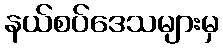
နယ်စပ်ဒေသများမှ